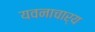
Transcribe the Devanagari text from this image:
यवनाचार्य